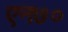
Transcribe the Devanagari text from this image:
एन७०